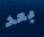
بعد